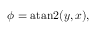
\phi = \operatorname { a t a n 2 } ( y , x ) ,